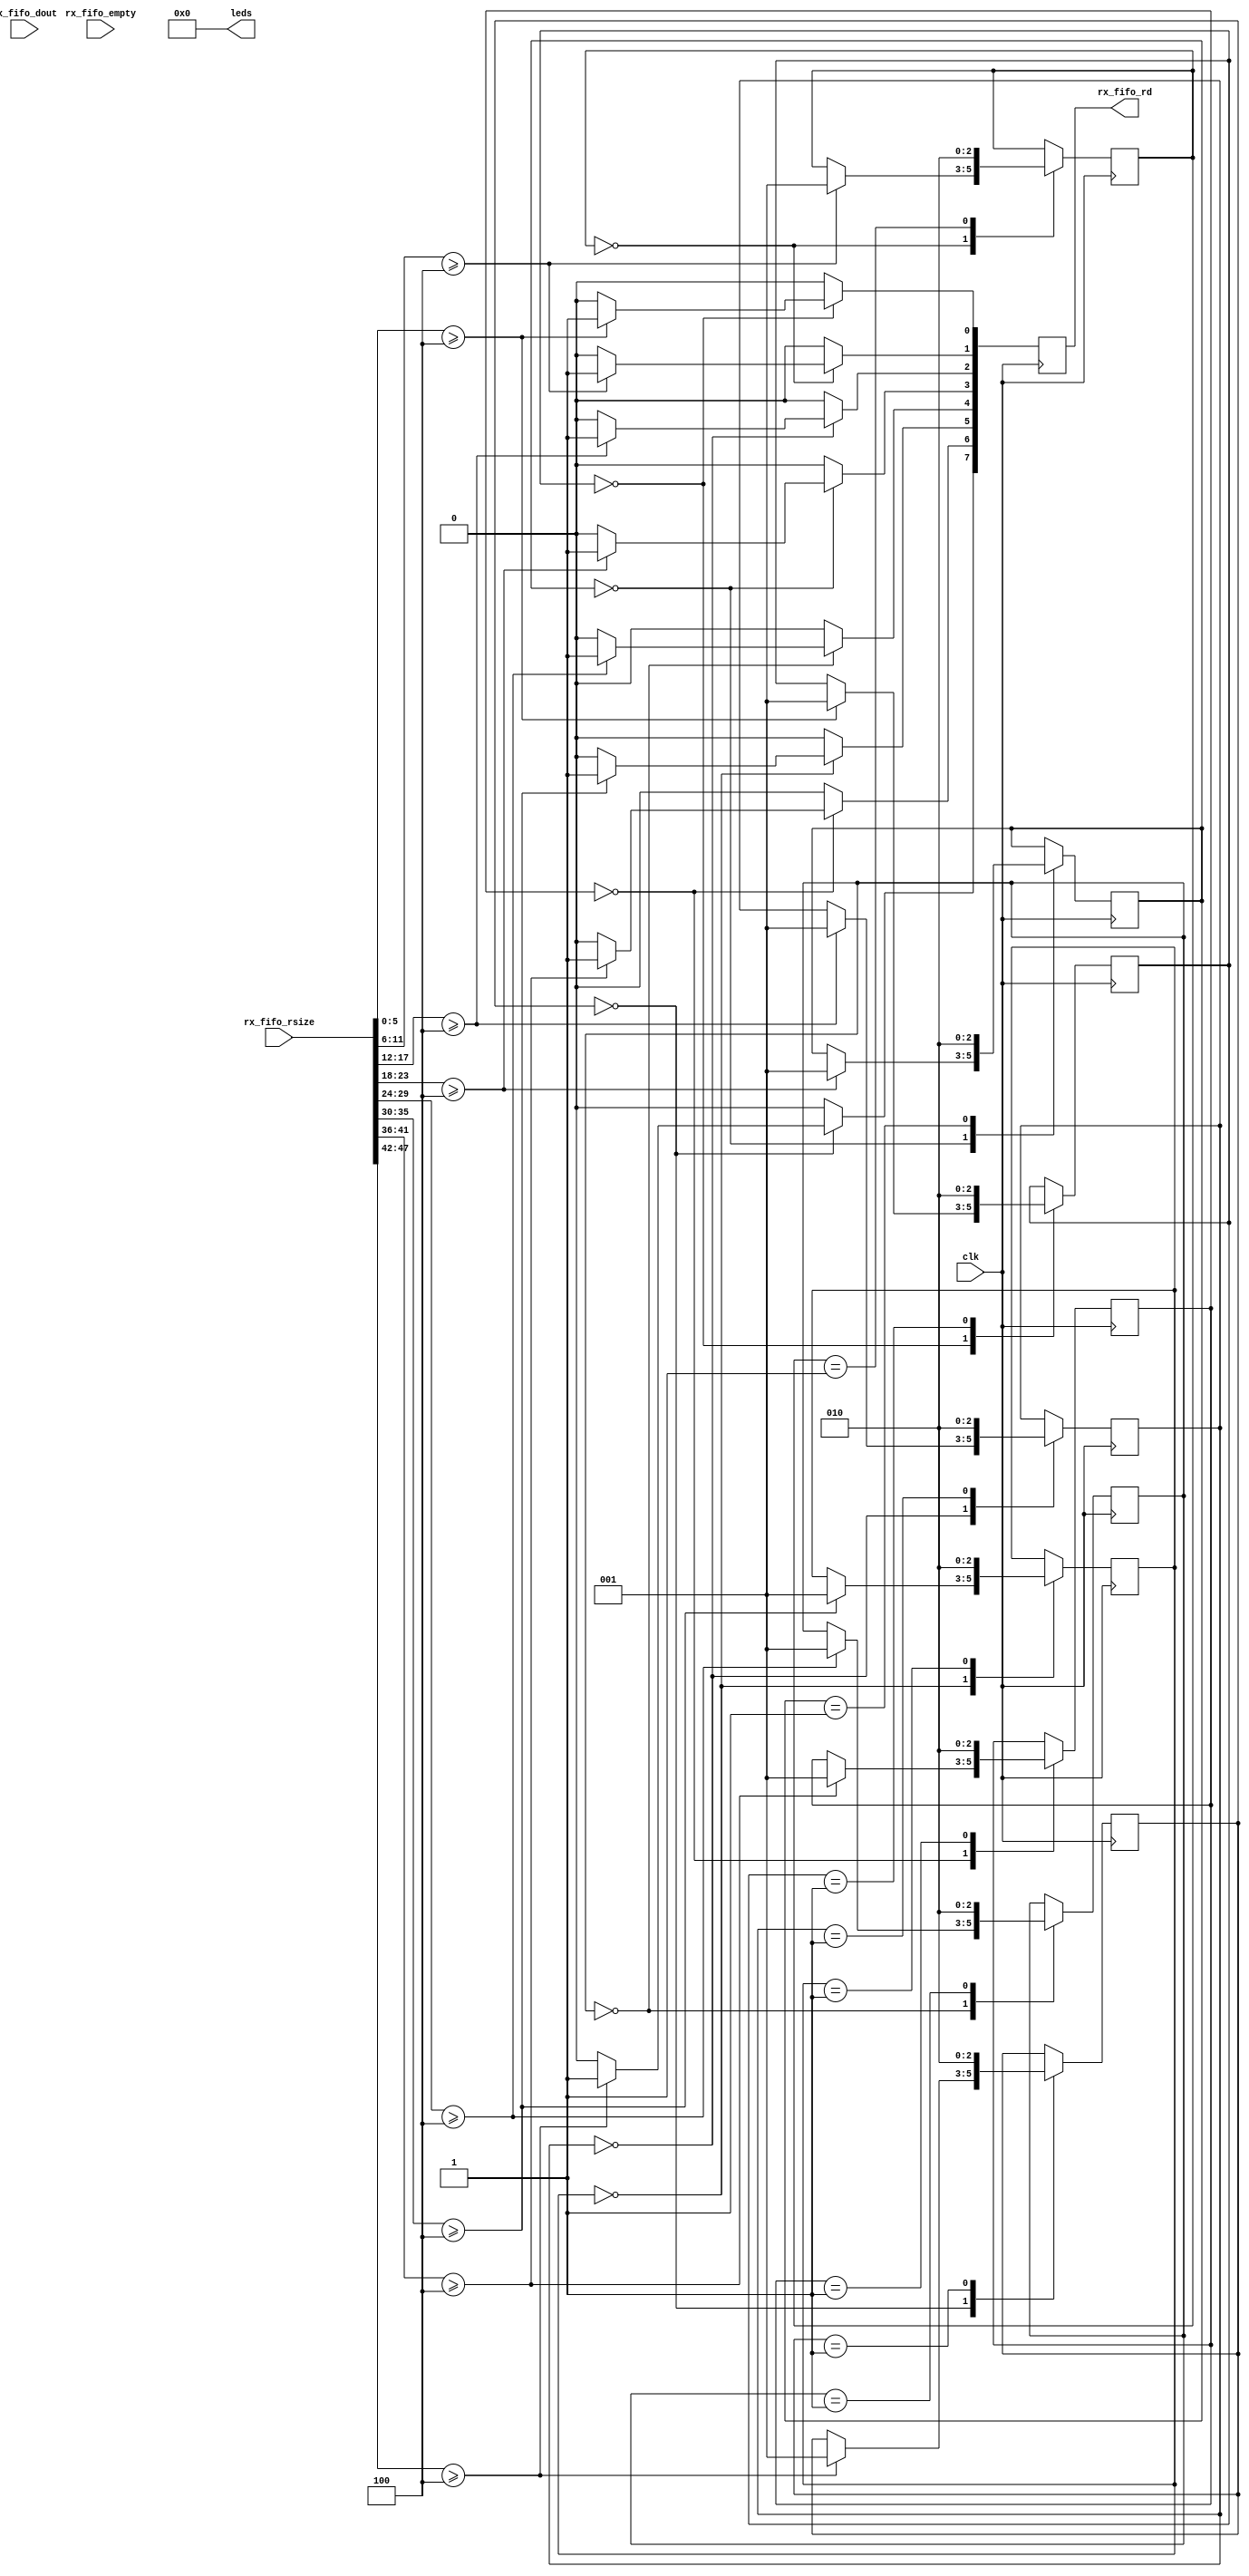
module RPCv3RouterCrossbar
#(
	//Data width (must be one of 16, 32, 64, 128).
	parameter CORE_DATA_WIDTH 				= 32,

	//Configuration of this router's child port(s)
	//1: one child interface with 256 addresses, goes to a debug bridge / soft CPU etc
	//0: up to 256 child interfaces with one address each, goes to IP cores
	parameter CHILD_IS_TRUNK				= 1'b0,

	//Number of child ports (must be 1 for CHILD_IS_TRUNK = 1)
	//Must be <= 256.
	parameter CHILD_COUNT 					= 4,

	//Width of the bus going to each child node.
	//8 bits per link, must be 16/32/64/128.
	parameter CHILD_DATA_WIDTH				= 32'h20202020,

	//Bit indicating if we have a neighbor in each direction. The transceiver is optimized out.
	//TODO: Return RPC_TYPE_HOST_UNREACH to any traffic sent in that direction.
	//For now, packets sent there just get silently dropped.
	//Concatenated {north, south, east, west}
	parameter NEIGHBOR_PRESENT 				= {4'b1111},

	//Width of the bus going to each router, or zero if no router in that direction.
	//8 bits per link, must be 16/32/64/128.
	//Concatenated {north, south, east, west}
	parameter NEIGHBOR_DATA_WIDTH 			= 32'h20202020,

	//Coordinates of this router in the grid.
	parameter X_POS 						= 4'h0,
	parameter Y_POS 						= 4'h0
)
(
	//Internal clock (also used for all links, for now)
	input wire												clk,

	//RX-side FIFO interface
	//Packed {children, neighbors}
	output reg[(CHILD_COUNT+4)-1 : 0]						rx_fifo_rd		= 0,
	input wire[(CHILD_COUNT+4)-1 : 0]						rx_fifo_empty,
	input wire[(CHILD_COUNT+4)*CORE_DATA_WIDTH-1 : 0]		rx_fifo_dout,
	input wire[(CHILD_COUNT+4)*6-1 : 0]						rx_fifo_rsize,

	//Debug LEDs
	output reg[3:0]											leds			= 0
);

	////////////////////////////////////////////////////////////////////////////////////////////////////////////////////
	// Configuration of the crossbar

	//We can have up to 260 ports total (256 children + 4 neighbors) in a worst-case scenario.
	//Use a 9-bit integer as the port ID (high bits will get optimized out as needed).
	//ID mapping:
	//5 = child address 1
	//4 = child address 0
	//3 = north neighbor
	//2 = south neighbor
	//1 = east neighbor
	//0 = west neighbor

	//Figure out how many ports we have in this crossbar (including unused neighbors)
	localparam TOTAL_PORTS		= 4 + CHILD_COUNT;

	//Number of clocks it takes us to process a message
	localparam MESSAGE_WORDS 	= 128 / CORE_DATA_WIDTH;

	//Our base address
	localparam BASE_ADDR		= {X_POS, Y_POS, 8'h00};

	////////////////////////////////////////////////////////////////////////////////////////////////////////////////////
	// Pull out the destination address for each port

	//Note, this is COMBINATORIAL and only valid during RX_STATE_ADDR_VALID on the source port!
	reg[16*TOTAL_PORTS - 1 : 0]	rx_port_dst_addr;

	integer i;
	always @(*) begin
		for(i=0; i<TOTAL_PORTS; i=i+1)
			rx_port_dst_addr[i*16 +: 16]		<= rx_fifo_dout[( (i+1)*CORE_DATA_WIDTH - 1) -: 16];
	end

	////////////////////////////////////////////////////////////////////////////////////////////////////////////////////
	// For each destination port, figure out who wants to send to them

	////////////////////////////////////////////////////////////////////////////////////////////////////////////////////
	// Main RX port state machine

	localparam RX_STATE_IDLE		= 3'h0;
	localparam RX_STATE_RD_ADDR		= 3'h1;
	localparam RX_STATE_ADDR_VALID	= 3'h2;
	localparam RX_STATE_PACKET_BODY	= 3'h3;

	reg[2:0]				rx_port_state[TOTAL_PORTS-1:0];

	//Clear state
	initial begin
		for(i=0; i<TOTAL_PORTS; i=i+1)
			rx_port_state[i]		<= RX_STATE_IDLE;
	end

	//Figure out when the address is valid
	reg[TOTAL_PORTS-1:0]	rx_addr_valid;
	always @(*) begin
		for(i=0; i<TOTAL_PORTS; i=i+1)
			rx_addr_valid[i]	<= (rx_port_state[i] == RX_STATE_ADDR_VALID);
	end

	//Main state logic
	always @(posedge clk) begin

		//Clear flags
		rx_fifo_rd		<= 0;

		for(i=0; i<TOTAL_PORTS; i=i+1) begin

			case(rx_port_state[i])

				//If there is at least one full message in the RX FIFO,
				//we can pop the address header word and go from there.
				RX_STATE_IDLE: begin

					if(rx_fifo_rsize[i*6 +: 6] >= MESSAGE_WORDS) begin
						rx_fifo_rd[i]		<= 1;
						rx_port_state[i]	<= RX_STATE_RD_ADDR;
					end

				end	//end RX_STATE_IDLE

				//Wait for read
				RX_STATE_RD_ADDR: begin
					rx_port_state[i]		<= RX_STATE_ADDR_VALID;
				end	//end RX_STATE_RD_ADDR

				//Address is valid, figure out where to route
				RX_STATE_ADDR_VALID: begin
					//TODO: handle "move on"
				end	//end RX_STATE_ADDR_VALID

				//In the packet body, don't look at the headers for dest address anymore
				RX_STATE_PACKET_BODY: begin
				end	//end RX_STATE_PACKET_BODY

			endcase

		end

	end

	////////////////////////////////////////////////////////////////////////////////////////////////////////////////////
	// Main TX port state machine

	//TX pulls from RX through the crossbar, not the other way around.
	//This easily avoids conflicts when multiple sources want to send to one destination.

	//Round-robin arbitration: bump counter every time a packet is forwarded


endmodule